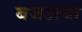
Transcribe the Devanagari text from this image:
बजउत्या